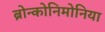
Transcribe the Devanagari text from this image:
ब्रोन्कोनिमोनिया